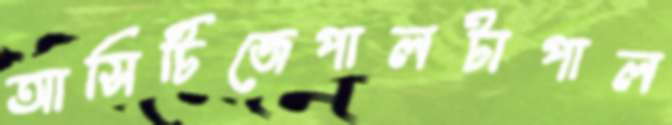
আসিটিজেপালটাপাল